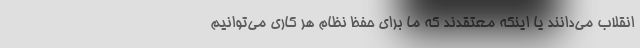
انقلاب می‌دانند یا اینکه معتقدند که ما برای حفظ نظام هر کاری می‌توانیم